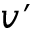
v ^ { \prime }